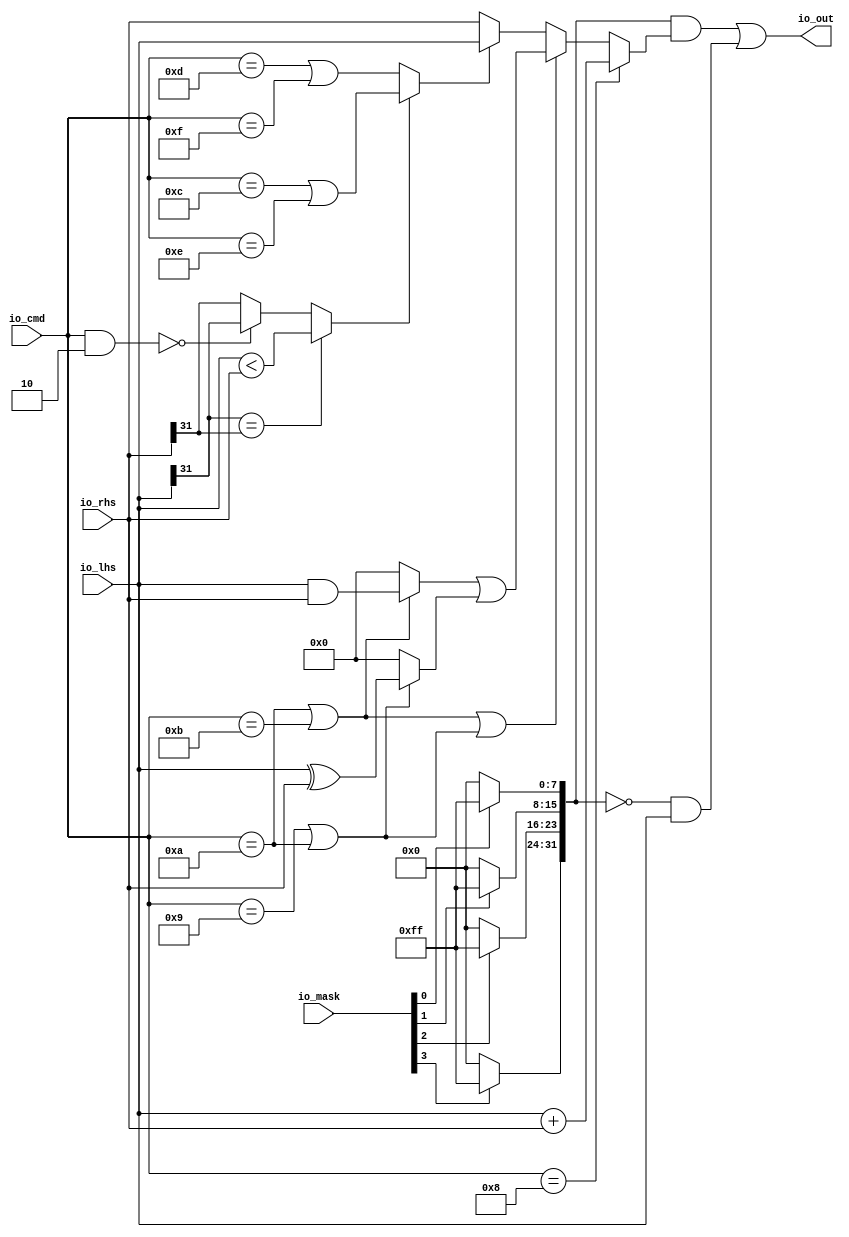
module AMOALU( // @[:freechips.rocketchip.system.DefaultRV32Config.fir@192019.2]
  input  [3:0]  io_mask, // @[:freechips.rocketchip.system.DefaultRV32Config.fir@192022.4]
  input  [4:0]  io_cmd, // @[:freechips.rocketchip.system.DefaultRV32Config.fir@192022.4]
  input  [31:0] io_lhs, // @[:freechips.rocketchip.system.DefaultRV32Config.fir@192022.4]
  input  [31:0] io_rhs, // @[:freechips.rocketchip.system.DefaultRV32Config.fir@192022.4]
  output [31:0] io_out // @[:freechips.rocketchip.system.DefaultRV32Config.fir@192022.4]
);
  wire  _T; // @[AMOALU.scala 64:20:freechips.rocketchip.system.DefaultRV32Config.fir@192027.4]
  wire  _T_1; // @[AMOALU.scala 64:43:freechips.rocketchip.system.DefaultRV32Config.fir@192028.4]
  wire  max; // @[AMOALU.scala 64:33:freechips.rocketchip.system.DefaultRV32Config.fir@192029.4]
  wire  _T_2; // @[AMOALU.scala 65:20:freechips.rocketchip.system.DefaultRV32Config.fir@192030.4]
  wire  _T_3; // @[AMOALU.scala 65:43:freechips.rocketchip.system.DefaultRV32Config.fir@192031.4]
  wire  min; // @[AMOALU.scala 65:33:freechips.rocketchip.system.DefaultRV32Config.fir@192032.4]
  wire  add; // @[AMOALU.scala 66:20:freechips.rocketchip.system.DefaultRV32Config.fir@192033.4]
  wire  _T_4; // @[AMOALU.scala 67:26:freechips.rocketchip.system.DefaultRV32Config.fir@192034.4]
  wire  _T_5; // @[AMOALU.scala 67:48:freechips.rocketchip.system.DefaultRV32Config.fir@192035.4]
  wire  logic_and; // @[AMOALU.scala 67:38:freechips.rocketchip.system.DefaultRV32Config.fir@192036.4]
  wire  _T_6; // @[AMOALU.scala 68:26:freechips.rocketchip.system.DefaultRV32Config.fir@192037.4]
  wire  logic_xor; // @[AMOALU.scala 68:39:freechips.rocketchip.system.DefaultRV32Config.fir@192039.4]
  wire [31:0] adder_out; // @[AMOALU.scala 73:21:freechips.rocketchip.system.DefaultRV32Config.fir@192044.4]
  wire [4:0] _T_14; // @[AMOALU.scala 86:17:freechips.rocketchip.system.DefaultRV32Config.fir@192047.4]
  wire  _T_16; // @[AMOALU.scala 86:25:freechips.rocketchip.system.DefaultRV32Config.fir@192049.4]
  wire  _T_19; // @[AMOALU.scala 88:18:freechips.rocketchip.system.DefaultRV32Config.fir@192052.4]
  wire  _T_22; // @[AMOALU.scala 79:35:freechips.rocketchip.system.DefaultRV32Config.fir@192055.4]
  wire  _T_25; // @[AMOALU.scala 88:58:freechips.rocketchip.system.DefaultRV32Config.fir@192058.4]
  wire  less; // @[AMOALU.scala 88:10:freechips.rocketchip.system.DefaultRV32Config.fir@192059.4]
  wire  _T_26; // @[AMOALU.scala 94:23:freechips.rocketchip.system.DefaultRV32Config.fir@192060.4]
  wire [31:0] minmax; // @[AMOALU.scala 94:19:freechips.rocketchip.system.DefaultRV32Config.fir@192061.4]
  wire [31:0] _T_27; // @[AMOALU.scala 96:27:freechips.rocketchip.system.DefaultRV32Config.fir@192062.4]
  wire [31:0] _T_28; // @[AMOALU.scala 96:8:freechips.rocketchip.system.DefaultRV32Config.fir@192063.4]
  wire [31:0] _T_29; // @[AMOALU.scala 97:27:freechips.rocketchip.system.DefaultRV32Config.fir@192064.4]
  wire [31:0] _T_30; // @[AMOALU.scala 97:8:freechips.rocketchip.system.DefaultRV32Config.fir@192065.4]
  wire [31:0] logic_; // @[AMOALU.scala 96:42:freechips.rocketchip.system.DefaultRV32Config.fir@192066.4]
  wire  _T_31; // @[AMOALU.scala 100:19:freechips.rocketchip.system.DefaultRV32Config.fir@192067.4]
  wire [31:0] _T_32; // @[AMOALU.scala 100:8:freechips.rocketchip.system.DefaultRV32Config.fir@192068.4]
  wire [31:0] out; // @[AMOALU.scala 99:8:freechips.rocketchip.system.DefaultRV32Config.fir@192069.4]
  wire [7:0] _T_38; // @[Bitwise.scala 72:12:freechips.rocketchip.system.DefaultRV32Config.fir@192075.4]
  wire [7:0] _T_40; // @[Bitwise.scala 72:12:freechips.rocketchip.system.DefaultRV32Config.fir@192077.4]
  wire [7:0] _T_42; // @[Bitwise.scala 72:12:freechips.rocketchip.system.DefaultRV32Config.fir@192079.4]
  wire [7:0] _T_44; // @[Bitwise.scala 72:12:freechips.rocketchip.system.DefaultRV32Config.fir@192081.4]
  wire [31:0] wmask; // @[Cat.scala 29:58:freechips.rocketchip.system.DefaultRV32Config.fir@192084.4]
  wire [31:0] _T_47; // @[AMOALU.scala 104:19:freechips.rocketchip.system.DefaultRV32Config.fir@192085.4]
  wire [31:0] _T_48; // @[AMOALU.scala 104:27:freechips.rocketchip.system.DefaultRV32Config.fir@192086.4]
  wire [31:0] _T_49; // @[AMOALU.scala 104:34:freechips.rocketchip.system.DefaultRV32Config.fir@192087.4]
  assign _T = io_cmd == 5'hd; // @[AMOALU.scala 64:20:freechips.rocketchip.system.DefaultRV32Config.fir@192027.4]
  assign _T_1 = io_cmd == 5'hf; // @[AMOALU.scala 64:43:freechips.rocketchip.system.DefaultRV32Config.fir@192028.4]
  assign max = _T | _T_1; // @[AMOALU.scala 64:33:freechips.rocketchip.system.DefaultRV32Config.fir@192029.4]
  assign _T_2 = io_cmd == 5'hc; // @[AMOALU.scala 65:20:freechips.rocketchip.system.DefaultRV32Config.fir@192030.4]
  assign _T_3 = io_cmd == 5'he; // @[AMOALU.scala 65:43:freechips.rocketchip.system.DefaultRV32Config.fir@192031.4]
  assign min = _T_2 | _T_3; // @[AMOALU.scala 65:33:freechips.rocketchip.system.DefaultRV32Config.fir@192032.4]
  assign add = io_cmd == 5'h8; // @[AMOALU.scala 66:20:freechips.rocketchip.system.DefaultRV32Config.fir@192033.4]
  assign _T_4 = io_cmd == 5'ha; // @[AMOALU.scala 67:26:freechips.rocketchip.system.DefaultRV32Config.fir@192034.4]
  assign _T_5 = io_cmd == 5'hb; // @[AMOALU.scala 67:48:freechips.rocketchip.system.DefaultRV32Config.fir@192035.4]
  assign logic_and = _T_4 | _T_5; // @[AMOALU.scala 67:38:freechips.rocketchip.system.DefaultRV32Config.fir@192036.4]
  assign _T_6 = io_cmd == 5'h9; // @[AMOALU.scala 68:26:freechips.rocketchip.system.DefaultRV32Config.fir@192037.4]
  assign logic_xor = _T_6 | _T_4; // @[AMOALU.scala 68:39:freechips.rocketchip.system.DefaultRV32Config.fir@192039.4]
  assign adder_out = io_lhs + io_rhs; // @[AMOALU.scala 73:21:freechips.rocketchip.system.DefaultRV32Config.fir@192044.4]
  assign _T_14 = io_cmd & 5'h2; // @[AMOALU.scala 86:17:freechips.rocketchip.system.DefaultRV32Config.fir@192047.4]
  assign _T_16 = _T_14 == 5'h0; // @[AMOALU.scala 86:25:freechips.rocketchip.system.DefaultRV32Config.fir@192049.4]
  assign _T_19 = io_lhs[31] == io_rhs[31]; // @[AMOALU.scala 88:18:freechips.rocketchip.system.DefaultRV32Config.fir@192052.4]
  assign _T_22 = io_lhs < io_rhs; // @[AMOALU.scala 79:35:freechips.rocketchip.system.DefaultRV32Config.fir@192055.4]
  assign _T_25 = _T_16 ? io_lhs[31] : io_rhs[31]; // @[AMOALU.scala 88:58:freechips.rocketchip.system.DefaultRV32Config.fir@192058.4]
  assign less = _T_19 ? _T_22 : _T_25; // @[AMOALU.scala 88:10:freechips.rocketchip.system.DefaultRV32Config.fir@192059.4]
  assign _T_26 = less ? min : max; // @[AMOALU.scala 94:23:freechips.rocketchip.system.DefaultRV32Config.fir@192060.4]
  assign minmax = _T_26 ? io_lhs : io_rhs; // @[AMOALU.scala 94:19:freechips.rocketchip.system.DefaultRV32Config.fir@192061.4]
  assign _T_27 = io_lhs & io_rhs; // @[AMOALU.scala 96:27:freechips.rocketchip.system.DefaultRV32Config.fir@192062.4]
  assign _T_28 = logic_and ? _T_27 : 32'h0; // @[AMOALU.scala 96:8:freechips.rocketchip.system.DefaultRV32Config.fir@192063.4]
  assign _T_29 = io_lhs ^ io_rhs; // @[AMOALU.scala 97:27:freechips.rocketchip.system.DefaultRV32Config.fir@192064.4]
  assign _T_30 = logic_xor ? _T_29 : 32'h0; // @[AMOALU.scala 97:8:freechips.rocketchip.system.DefaultRV32Config.fir@192065.4]
  assign logic_ = _T_28 | _T_30; // @[AMOALU.scala 96:42:freechips.rocketchip.system.DefaultRV32Config.fir@192066.4]
  assign _T_31 = logic_and | logic_xor; // @[AMOALU.scala 100:19:freechips.rocketchip.system.DefaultRV32Config.fir@192067.4]
  assign _T_32 = _T_31 ? logic_ : minmax; // @[AMOALU.scala 100:8:freechips.rocketchip.system.DefaultRV32Config.fir@192068.4]
  assign out = add ? adder_out : _T_32; // @[AMOALU.scala 99:8:freechips.rocketchip.system.DefaultRV32Config.fir@192069.4]
  assign _T_38 = io_mask[0] ? 8'hff : 8'h0; // @[Bitwise.scala 72:12:freechips.rocketchip.system.DefaultRV32Config.fir@192075.4]
  assign _T_40 = io_mask[1] ? 8'hff : 8'h0; // @[Bitwise.scala 72:12:freechips.rocketchip.system.DefaultRV32Config.fir@192077.4]
  assign _T_42 = io_mask[2] ? 8'hff : 8'h0; // @[Bitwise.scala 72:12:freechips.rocketchip.system.DefaultRV32Config.fir@192079.4]
  assign _T_44 = io_mask[3] ? 8'hff : 8'h0; // @[Bitwise.scala 72:12:freechips.rocketchip.system.DefaultRV32Config.fir@192081.4]
  assign wmask = {_T_44,_T_42,_T_40,_T_38}; // @[Cat.scala 29:58:freechips.rocketchip.system.DefaultRV32Config.fir@192084.4]
  assign _T_47 = wmask & out; // @[AMOALU.scala 104:19:freechips.rocketchip.system.DefaultRV32Config.fir@192085.4]
  assign _T_48 = ~wmask; // @[AMOALU.scala 104:27:freechips.rocketchip.system.DefaultRV32Config.fir@192086.4]
  assign _T_49 = _T_48 & io_lhs; // @[AMOALU.scala 104:34:freechips.rocketchip.system.DefaultRV32Config.fir@192087.4]
  assign io_out = _T_47 | _T_49; // @[AMOALU.scala 104:10:freechips.rocketchip.system.DefaultRV32Config.fir@192089.4]
endmodule